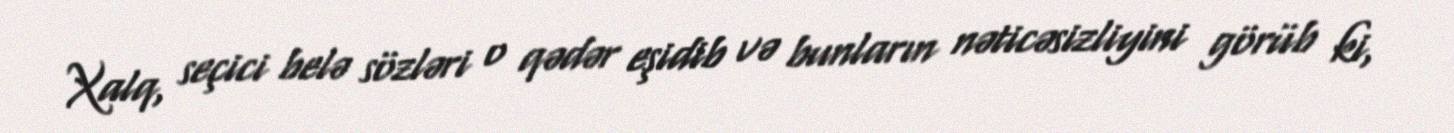
Xalq, seçici belə sözləri o qədər eşidib və bunların nəticəsizliyini görüb ki,